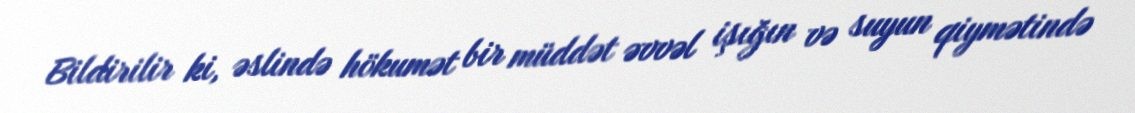
Bildirilir ki, əslində hökumət bir müddət əvvəl işığın və suyun qiymətində